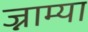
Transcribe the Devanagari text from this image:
ज्नाम्या